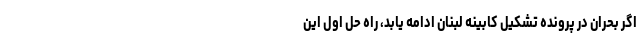
اگر بحران در پرونده تشکیل کابینه لبنان ادامه یابد، راه حل اول این